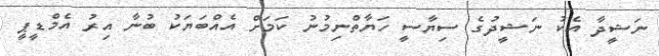
ނަޝީދާ އެކު ނަޝީދުގެ ސިޔާސީ ހަޔާތްނިމުނު ކަމަށް އެއްބަޔަކު ބުނާ އިރު އެމްޑީޕީ